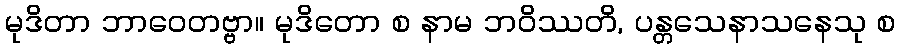
မုဒိတာ ဘာဝေတဗ္ဗာ။ မုဒိတော စ နာမ ဘဝိဿတိ, ပန္တသေနာသနေသု စ